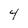
Character: 4